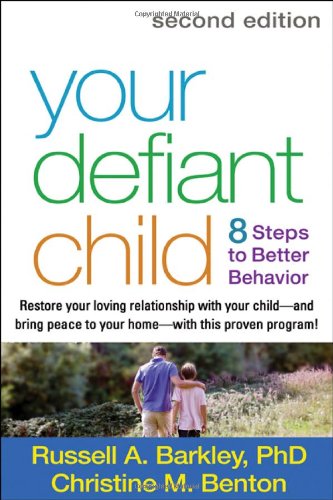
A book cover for Your Defiant Child, Second Edition: Eight Steps to Better Behavior; Russell A. Barkley PhD  ABPP  ABCN; Health, Fitness & Dieting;